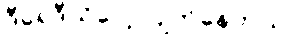
ဒီရေဒီယိုပေါ့။ ပျက်နေတယ်။